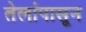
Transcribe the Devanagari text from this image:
तेलांपासून